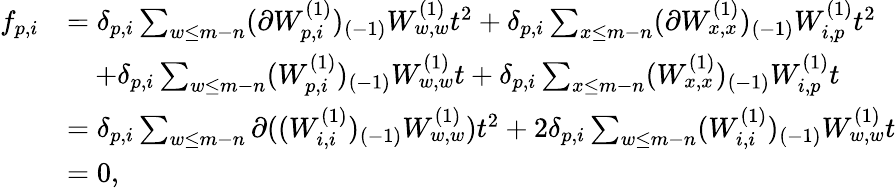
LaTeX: \begin{array}{rl}{f_{p,i}}&{=\delta_{p,i}\sum_{w\leq m-n}(\partial W_{p,i}^{(1)})_{(-1)}W_{w,w}^{(1)}t^{2}+\delta_{p,i}\sum_{x\leq m-n}(\partial W_{x,x}^{(1)})_{(-1)}W_{i,p}^{(1)}t^{2}}\\ &{\quad+\delta_{p,i}\sum_{w\leq m-n}(W_{p,i}^{(1)})_{(-1)}W_{w,w}^{(1)}t+\delta_{p,i}\sum_{x\leq m-n}(W_{x,x}^{(1)})_{(-1)}W_{i,p}^{(1)}t}\\ &{=\delta_{p,i}\sum_{w\leq m-n}\partial((W_{i,i}^{(1)})_{(-1)}W_{w,w}^{(1)})t^{2}+2\delta_{p,i}\sum_{w\leq m-n}(W_{i,i}^{(1)})_{(-1)}W_{w,w}^{(1)}t}\\ &{=0,}\end{array}